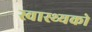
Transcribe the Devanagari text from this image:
स्वास्थ्यको